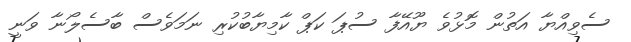
ސެވިއްޔާ އަތުން މޮޅުވެ ޔޫއޭފާ ސުޕަ ކަޕް ކާމިޔާބުކުރި ނަމަވެސް ބާސެލޯނާ ވަނީ